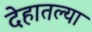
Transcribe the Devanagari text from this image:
देहातल्या